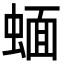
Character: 蝒